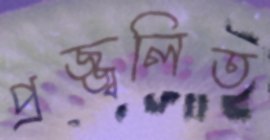
প্রজ্জ্বলিত